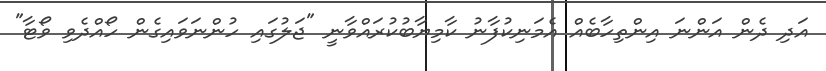
އަދި ދެން އަންނަ އިންތިހާބެއް އެމަނިކުފާނު ކާމިޔާބުކުރައްވާނީ "ޖަލުގައި ހުންނަވައިގެން ހޯއްދެވި ވޯޓާ"